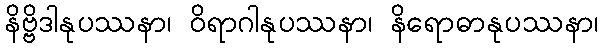
နိဗ္ဗိဒါနုပဿနာ၊ ဝိရာဂါနုပဿနာ၊ နိရောဓာနုပဿနာ၊